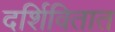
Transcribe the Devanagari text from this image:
दर्शिवितात